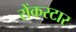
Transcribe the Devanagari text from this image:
रोंकस्टार